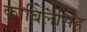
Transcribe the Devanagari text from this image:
काबिलसिंह